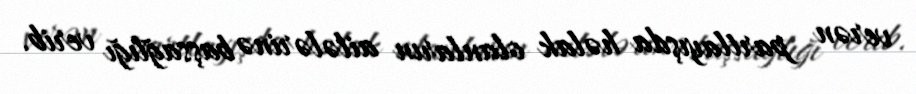
verən partlayışda həlak olanların ailələrinə başsağlığı verib.